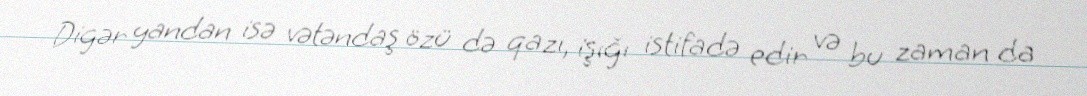
Digər yandan isə vətəndaş özü də qazı, işığı istifadə edir və bu zaman da